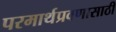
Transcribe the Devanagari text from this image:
परमार्थप्रवणासाठी